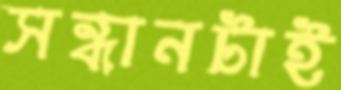
সন্ধানটাই